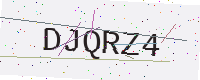
Text: DJQRZ4